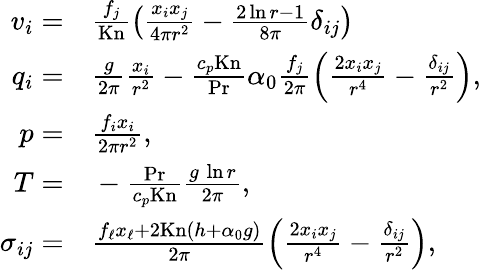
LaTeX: \begin{array}{rl}{v_{i}=}&{{}\frac{f_{j}}{\mathrm{Kn}}\left(\frac{x_{i}x_{j}}{4\pi r^{2}}-\frac{2\ln{r}-1}{8\pi}\delta_{ij}\right)}\\ {q_{i}=}&{{}\frac{g}{2\pi}\frac{x_{i}}{r^{2}}-\frac{c_{p}\mathrm{Kn}}{\mathrm{Pr}}\alpha_{0}\frac{f_{j}}{2\pi}\left(\frac{2x_{i}x_{j}}{r^{4}}-\frac{\delta_{ij}}{r^{2}}\right),}\\ {p=}&{{}\frac{f_{i}x_{i}}{2\pi r^{2}},}\\ {T=}&{{}-\frac{\mathrm{Pr}}{c_{p}\mathrm{Kn}}\frac{g\, \ln{r}}{2\pi},}\\ {\sigma_{ij}=}&{{}\frac{f_{\ell}x_{\ell}+2\mathrm{Kn}(h+\alpha_{0}g)}{2\pi}\left(\frac{2x_{i}x_{j}}{r^{4}}-\frac{\delta_{ij}}{r^{2}}\right),}\end{array}